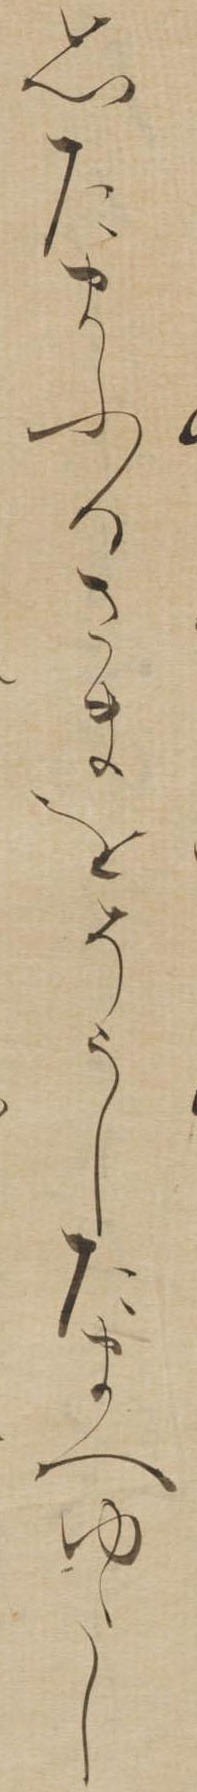
思たまふるさまをそうしたまへゆゝし